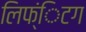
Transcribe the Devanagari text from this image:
लिफ्ंिटग